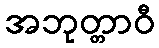
အဘုတ္တာဝီ